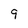
Character: 9